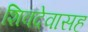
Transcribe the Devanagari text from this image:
शिवदेवासह